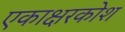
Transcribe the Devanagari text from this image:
एकाक्षरकोश